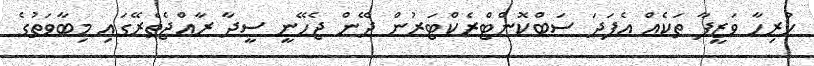
ހުރިހާ ވަޒީފާ ތަކެއް އެފަދަ ސަބްކޮންޓްރެކްޓަރުން ދޭން ޖެހޭނީ ސީދާ ރާއްޖެތެރޭގައި މިބާވަތުގެ